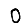
Digit: 0